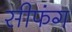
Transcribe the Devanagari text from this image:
सीफंग